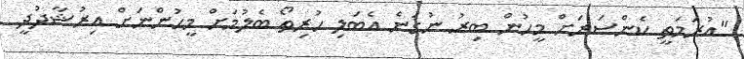
"އުރަމަތީ ކެންސަރަށް މީހުން ބިރު ނުގަނެ އެބަލި ހުރިތޯ ބެލުމަށް މީހުންނަށް އިރުޝާދުދީ